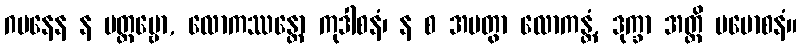
ဂမနေန န ပတ္တဗ္ဗော, လောကဿန္တော ကုဒါစနံ၊ န စ အပတွာ လောကန္တံ, ဒုက္ခာ အတ္ထိ ပမောစနံ။